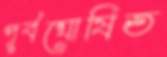
পূর্বঘোষিত